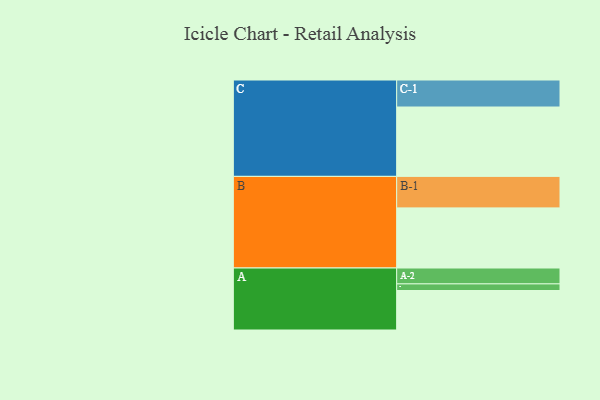
{"axis": {"x": "Segment", "y": "Value"}, "legend": ["", "A", "B", "C"], "data": [{"x": "A", "y": 316, "type": ""}, {"x": "B", "y": 481, "type": ""}, {"x": "C", "y": 555, "type": ""}, {"x": "A-1", "y": 53, "type": "A"}, {"x": "A-2", "y": 127, "type": "A"}, {"x": "B-1", "y": 252, "type": "B"}, {"x": "C-1", "y": 216, "type": "C"}]}